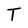
Character: T